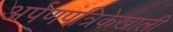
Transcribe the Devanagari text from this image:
अर्पणपत्रिकेखाली